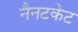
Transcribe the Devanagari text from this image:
नैनटकेट